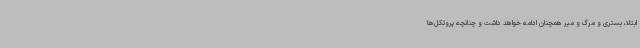
ابتلا، بستری و مرگ و میر همچنان ادامه خواهد داشت و چنانچه پروتکل‌ها